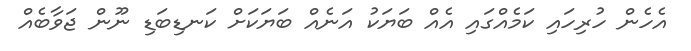
އެހެން ހުރިހައި ކަމެއްގައި އެއް ބަޔަކު އަނެއް ބަޔަކަށް ކަނޑިބަޑި ނޫން ޖަވާބެއް